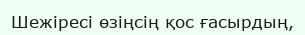
Шежіресі өзіңсің қос ғасырдың,